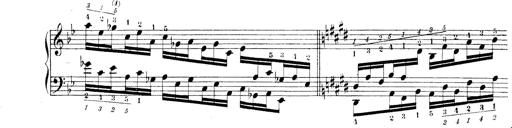
Title: Technische Studien
Composer: Franz Liszt